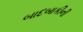
બાદબાકીની